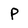
Character: P